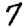
Digit: 7